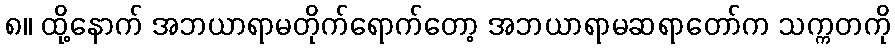
၈။ ထို့နောက် အဘယာရာမတိုက်ရောက်တော့ အဘယာရာမဆရာတော်က သက္ကတကို